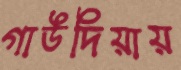
গাউদিয়ায়